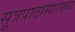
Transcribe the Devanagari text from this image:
सूत्रपाठासारख्या